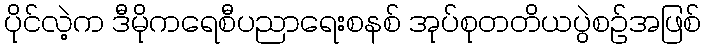
ပိုင်လဲ့က ဒီမိုကရေစီပညာရေးစနစ် အုပ်စုတတိယပွဲစဉ်အဖြစ်